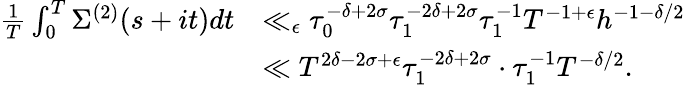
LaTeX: \begin{array}{rl}{\frac{1}{T}\int_{0}^{T}\Sigma^{(2)}(s+it)dt}&{\ll_{\epsilon}\tau_{0}^{-\delta+2\sigma}\tau_{1}^{-2\delta+2\sigma}\tau_{1}^{-1}T^{-1+\epsilon}h^{-1-\delta/2}}\\ &{\ll T^{2\delta-2\sigma+\epsilon}\tau_{1}^{-2\delta+2\sigma}\cdot\tau_{1}^{-1}T^{-\delta/2}.}\end{array}